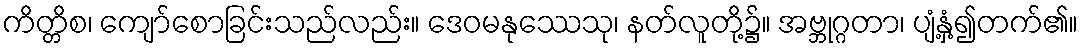
ကိတ္တိစ၊ ကျော်စောခြင်းသည်လည်း။ ဒေဝမနုဿေသု၊ နတ်လူတို့၌။ အဗ္ဘုဂ္ဂတာ၊ ပျံ့နှံ့၍တက်၏။